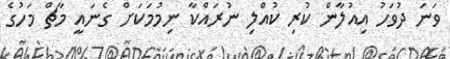
ވަނަ ދުވަހު އިއުލާން ކުރި ކުއްލި ނުރައްކާ ނިމުމަކަށް ގެނައީ މާޗް މަހުގެ